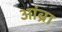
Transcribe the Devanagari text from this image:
आंब्रा